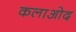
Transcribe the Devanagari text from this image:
कलाओद